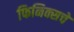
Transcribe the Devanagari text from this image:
फिनिक्सचे